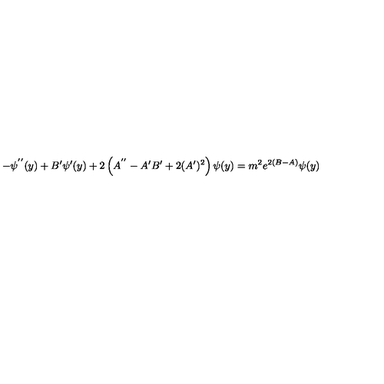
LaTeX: - \psi ^ { ' ^ { \prime } } ( y ) + B ^ { \prime } \psi ^ { \prime } ( y ) + 2 \left( A ^ { ' ^ { \prime } } - A ^ { \prime } B ^ { \prime } + 2 ( A ^ { \prime } ) ^ { 2 } \right) \psi ( y ) = m ^ { 2 } e ^ { 2 ( B - A ) } \psi ( y )